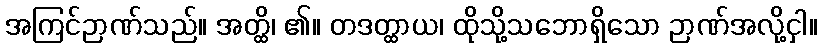
အကြင်ဉာဏ်သည်။ အတ္ထိ၊ ၏။ တဒတ္ထာယ၊ ထိုသို့သဘောရှိသော ဉာဏ်အလို့ငှါ။